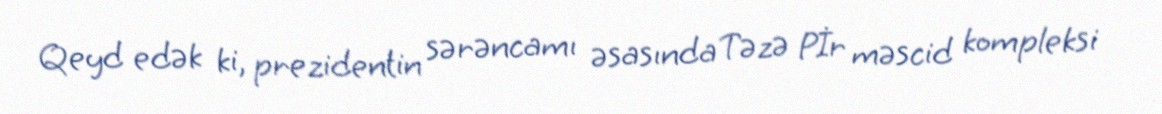
Qeyd edək ki, prezidentin sərəncamı əsasında Təzə Pİr məscid kompleksi